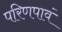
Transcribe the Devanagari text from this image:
परिणपावं